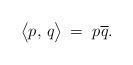
LaTeX: \begin{align*} \big\langle p,\,q\big\rangle\,=\,\,p\overline q.\end{align*}